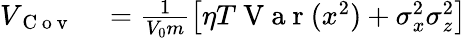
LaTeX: \begin{array}{rl}{V_{\mathrm{~C~o~v~}}}&{{}=\frac{1}{V_{0}m}\left[\eta T\mathrm{~V~a~r~}(x^{2})+\sigma_{x}^{2}\sigma_{z}^{2}\right]}\end{array}